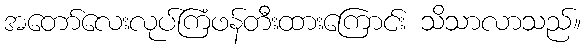
အတော်လေးလုပ်ကြံဖန်တီးထားကြောင်း သိသာလာသည်။